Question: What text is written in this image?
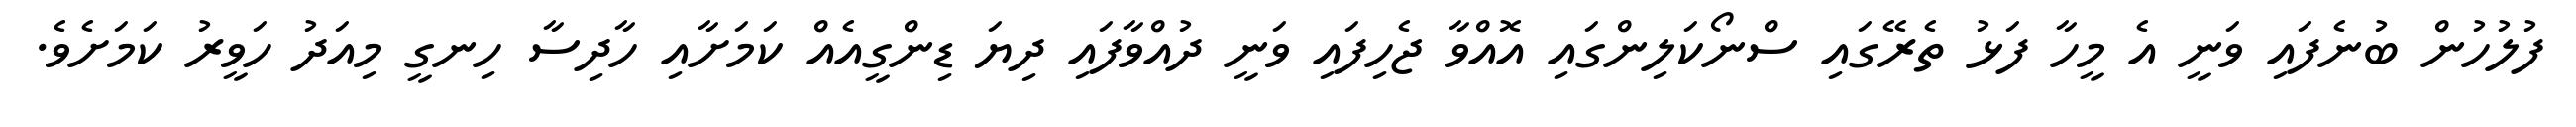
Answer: ފުލުހުން ބުނެފައި ވަނީ އެ މީހާ ފަޅު ތެރޭގައި ސްނޯކަލިންގައި އޮއްވާ ޖެހިފައި ވަނީ ދުއްވާފައި ދިޔަ ޑިންގީއެއް ކަމަށާއި ހާދިސާ ހިނގީ މިއަދު ހަވީރު ކަމަށެވެ.